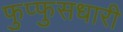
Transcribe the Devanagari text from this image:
फुप्फुसधारी